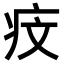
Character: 𤵒